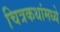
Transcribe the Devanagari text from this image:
चित्रकथांमध्ये